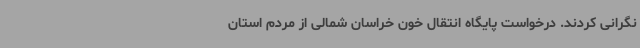
نگرانی کردند. درخواست پایگاه انتقال خون خراسان شمالی از مردم استان